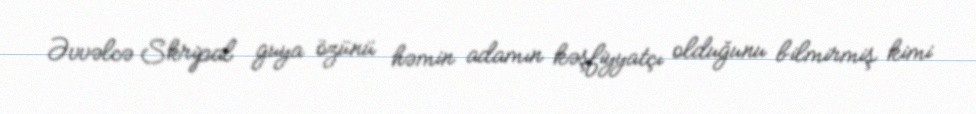
Əvvəlcə Skripal guya özünü həmin adamın kəşfiyyatçı olduğunu bilmirmiş kimi